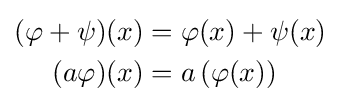
{\begin{aligned}(\varphi +\psi )(x)&=\varphi (x)+\psi (x)\\(a\varphi )(x)&=a\left(\varphi (x)\right)\end{aligned}}